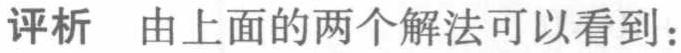
评析 由上面的两个解法可以看到：